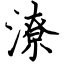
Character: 潦